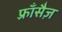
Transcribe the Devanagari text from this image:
फ़्राँसैज़